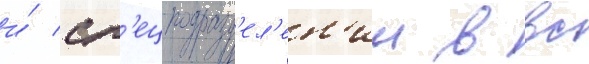
и́ сп'ецподразд'ел'ен'ии в вс